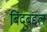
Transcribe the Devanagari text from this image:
बिंदूबद्दल